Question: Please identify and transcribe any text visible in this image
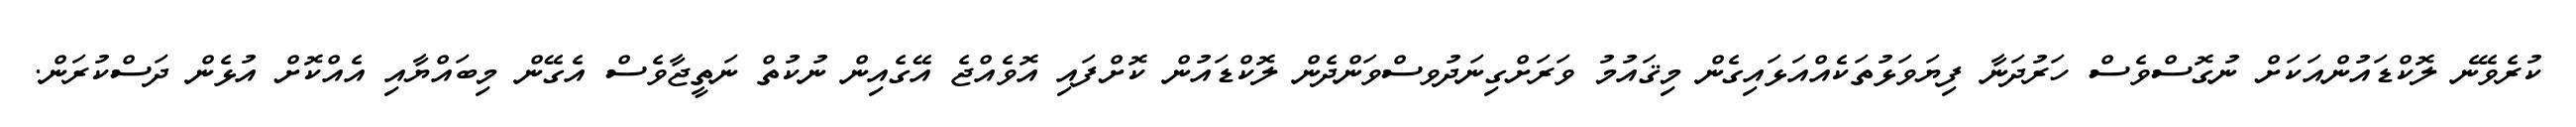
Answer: ކުރެވޭނެ ލޮކްޑައުންއަކަށް ނުގޮސްވެސް ހަރުދަނާ ފިޔަވަޅުތަކެއްއަޅައިގެން މިޤައުމު ވަރަށްގިނަދުވސްވަންދެން ލޮކްޑައުން ކޮށްފައި އޮވެއްޖެ އޭގެއިން ނުކުތް ނަތީޖާވެސް އެގޭން މިބައްޔާއި އެއްކޮށް އުޅެން ދަސްކުރަން.